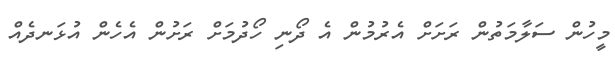
މީހުން ސަލާމަތުން ރަށަށް އެރުމުން އެ ދޯނި ހޯދުމަށް ރަށުން އެހެން އުޅަނދެއް